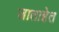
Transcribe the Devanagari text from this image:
जाताहेत